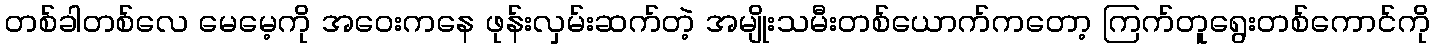
တစ်ခါတစ်လေ မေမေ့ကို အဝေးကနေ ဖုန်းလှမ်းဆက်တဲ့ အမျိုးသမီးတစ်ယောက်ကတော့ ကြက်တူရွေးတစ်ကောင်ကို